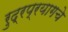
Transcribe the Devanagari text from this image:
रुद्रप्रयागचे